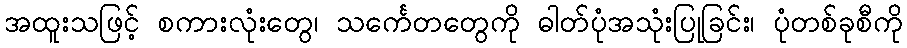
အထူးသဖြင့် စကားလုံးတွေ၊ သင်္ကေတတွေကို ဓါတ်ပုံအသုံးပြုခြင်း၊ ပုံတစ်ခုစီကို